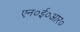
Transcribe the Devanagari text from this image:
एन०ई०आर०